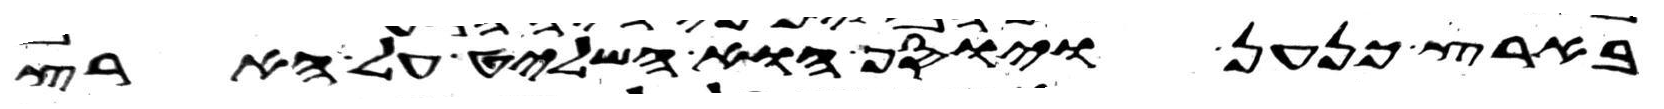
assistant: בארץ כנען ויוסף הוא השליט על הארץ